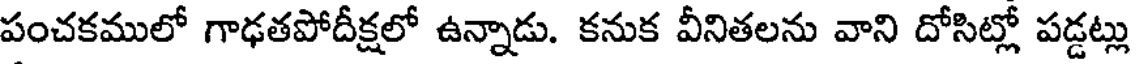
పంచకములో గాఢతపోదీక్షలో ఉన్నాడు. కనుక వీనితలను వాని దోసిట్లో పడ్డట్లు